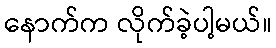
နောက်က လိုက်ခဲ့ပါ့မယ်။